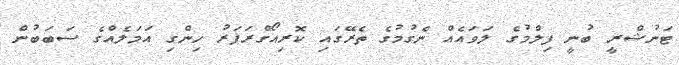
ޓަނުޝްރީ ބުނީ ފިލްމުގެ ލަވައެއް ނެގުމުގެ ތެރޭގައި ކޮރިއޯގްރަފަރު ހިންގި އަމަލެއްގެ ސަބަބުން